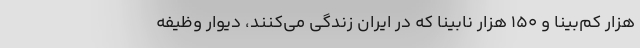
هزار کم‌بینا و ۱۵۰ هزار نابینا که در ایران زندگی می‌کنند، دیوار وظیفه